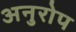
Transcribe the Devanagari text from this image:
अनुरोप